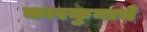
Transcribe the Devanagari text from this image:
कारकुनाचे